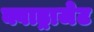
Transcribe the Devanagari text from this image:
क्वाड्राजेट